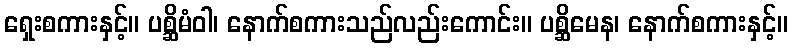
ရှေးစကားနှင့်။ ပစ္ဆိမံဝါ၊ နောက်စကားသည်လည်းကောင်း။ ပစ္ဆိမေန၊ နောက်စကားနှင့်။